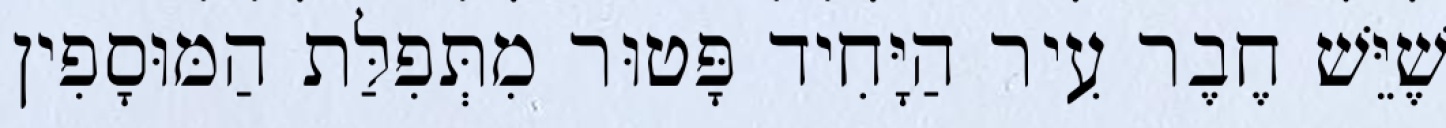
שֶׁיֵּשׁ חֶבֶר עִיר הַיָּחִיד פָּטוּר מִתְּפִלַּת הַמּוּסָפִין